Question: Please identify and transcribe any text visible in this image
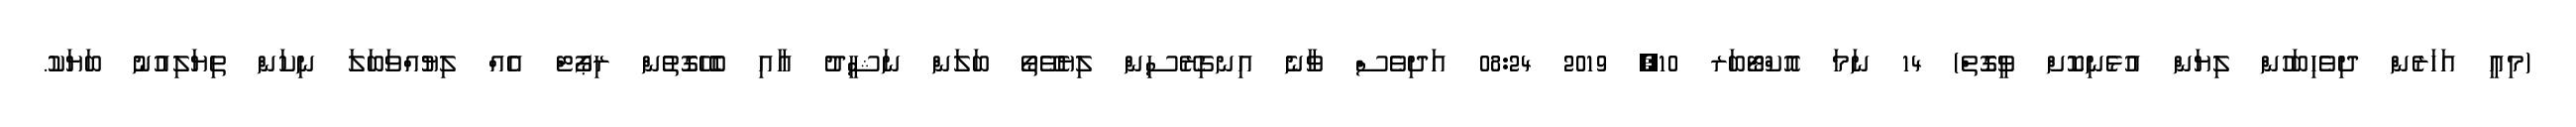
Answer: (މިއީ އަހަރެން ދިވެހިބަހުން ލިޔަން އުޅެނިކޮށް ވީގޮތް) 14 ނަމަ އޮކްޓޯބަރ 10, 2019 08:24 އަދިވެސް ވާނެ އިނގިރޭސިން ލިޔެވޭތޯ ބަލަން ނަޝީދު އާއި ބެހޭގޮތުން ރިޕޯޓް އެއް ލިޔުއްވަބަލަ ނިކަން ތިޔަލިއުނު ބަޔަކު.